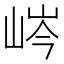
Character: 𡷴